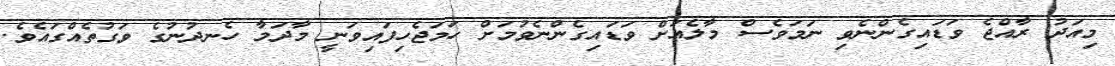
މިއަދު ރާއްޖެ ވަޑައިގެންނެވި ނަމަވެސް މާލެއަށް ވަޑައިގެންނެވުމަށް ހަމަޖެހިފައިވަނީ މާދަމާ ހެނދުނުގެ ވަގުތެއްގައެވެ.